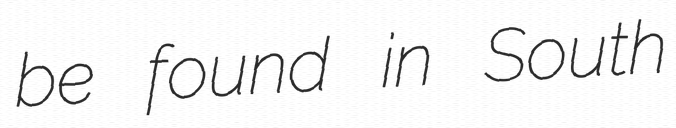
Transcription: be found in South